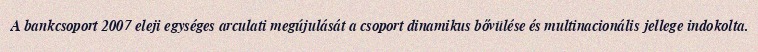
A bankcsoport 2007 eleji egységes arculati megújulását a csoport dinamikus bővülése és multinacionális jellege indokolta.